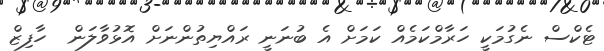
ޓެކްސް ނެގުމަކީ ހަރާމްކަމެއް ކަމަށް އެ ބުނަނީ ރައްޔިތުންނަށް އޮޅުވާލަން  ހާފިޒް